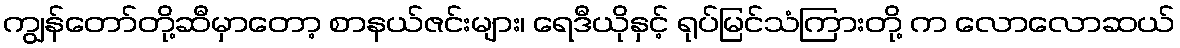
ကျွန်တော်တို့ဆီမှာတော့ စာနယ်ဇင်းများ၊ ရေဒီယိုနှင့် ရုပ်မြင်သံကြားတို့ က လောလောဆယ်